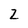
Character: 2